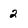
Character: 2